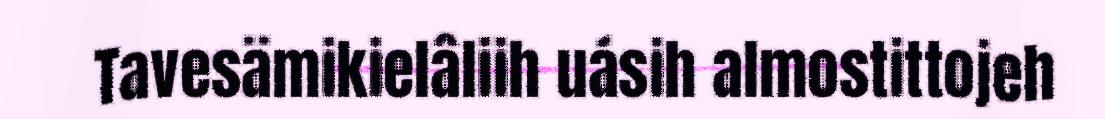
Tavesämikielâliih uásih almostittojeh